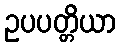
ဥပပတ္တိယာ